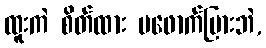
ထူးကဲ စိတ်ထား မဖောက်ပြားဘဲ,